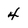
Character: 4